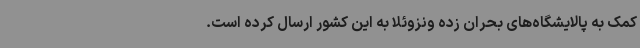
کمک به پالایشگاه‌های بحران زده ونزوئلا به این کشور ارسال کرده است.